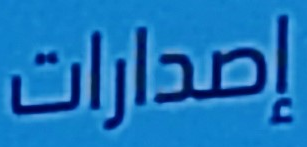
إصدارات